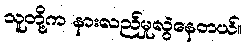
သူတို့က နားလည်မှုလွဲနေတယ်။